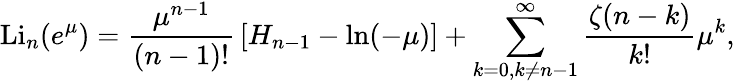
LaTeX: \operatorname{Li}_{n}(e^{\mu})={\frac{\mu^{n-1}}{(n-1)!}}\left[H_{n-1}-\ln(-\mu)\right]+\sum_{k=0,k\neq n-1}^{\infty}{\frac{\zeta(n-k)}{k!}}\mu^{k},